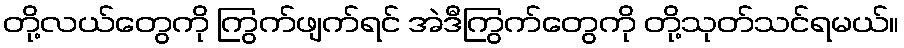
တို့လယ်တွေကို ကြွက်ဖျက်ရင် အဲဒီကြွက်တွေကို တို့သုတ်သင်ရမယ်။